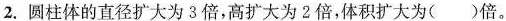
2.圆柱体的直径扩大为3倍，高扩大为2倍，体积扩大为()倍。